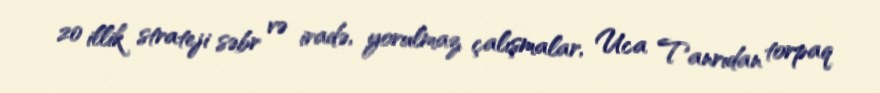
20 illik strateji səbr və iradə, yorulmaz çalışmalar, Uca Tanrıdan torpaq